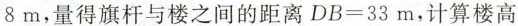
8m，量得旗杆与楼之间的距离$$D B = 3 3 $$m，计算楼高